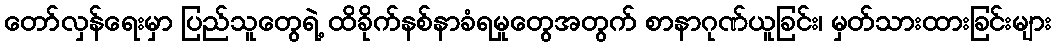
တော်လှန်ရေးမှာ ပြည်သူတွေရဲ့ ထိခိုက်နစ်နာခံရမှုတွေအတွက် စာနာဂုဏ်ယူခြင်း၊ မှတ်သားထားခြင်းများ